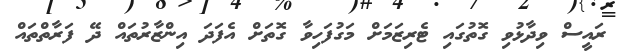
ރައީސް ވިދާޅުވި ގޮތުގައި ޓެރިޒަމަށް މަގުފަހިވާ ގޮތަށް އެފަދަ އިންޒާރުތައް ދޭ ފަރާތްތައް